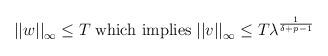
LaTeX: \begin{align*}{}\begin{aligned}{\vert\vert{w}\vert\vert}_{\infty}\leq{T}\;\mbox{which implies}\;{\vert\vert{v}\vert\vert}_{\infty}\leq{T}{\lambda}^{\frac{1}{\delta+p-1}}\end{aligned}\end{align*}